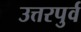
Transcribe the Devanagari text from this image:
उत्तरपुर्व